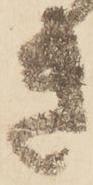
き